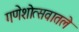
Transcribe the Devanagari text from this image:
गणेशोत्सवातले